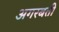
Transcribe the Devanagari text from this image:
अगरबती